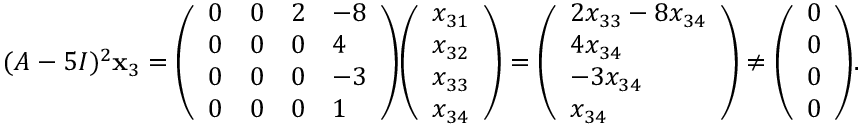
( A - 5 I ) ^ { 2 } \mathbf { x } _ { 3 } = { \left( \begin{array} { l l l l } { 0 } & { 0 } & { 2 } & { - 8 } \\ { 0 } & { 0 } & { 0 } & { 4 } \\ { 0 } & { 0 } & { 0 } & { - 3 } \\ { 0 } & { 0 } & { 0 } & { 1 } \end{array} \right) } { \left( \begin{array} { l } { x _ { 3 1 } } \\ { x _ { 3 2 } } \\ { x _ { 3 3 } } \\ { x _ { 3 4 } } \end{array} \right) } = { \left( \begin{array} { l } { 2 x _ { 3 3 } - 8 x _ { 3 4 } } \\ { 4 x _ { 3 4 } } \\ { - 3 x _ { 3 4 } } \\ { x _ { 3 4 } } \end{array} \right) } \neq { \left( \begin{array} { l } { 0 } \\ { 0 } \\ { 0 } \\ { 0 } \end{array} \right) } .